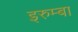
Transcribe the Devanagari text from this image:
इरुम्बा